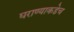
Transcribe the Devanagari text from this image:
घराण्याकडेच